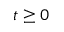
t \geq 0